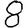
Digit: 8